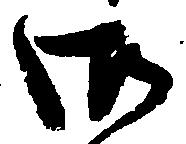
御